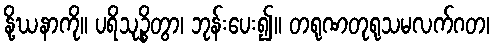
နို့ဃနာကို။ ပရိသုဉ္စိတွာ၊ ဘုန်းပေး၍။ တရုဏတုရုသမလက်ဂတ၊